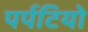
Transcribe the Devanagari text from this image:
पर्पटियो